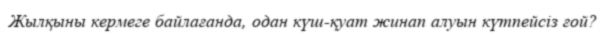
Жылқыны кермеге байлағанда, одан күш-қуат жинап алуын күтпейсіз ғой?